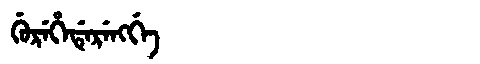
Manchu: ᡤᡠᡵᡝᡥᡝᡩᡝᡵᡝᠩᡤᡝ
Romanization: GUREHEDERENGGE